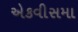
એકવીસમા